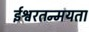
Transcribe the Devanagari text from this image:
ईश्वरतन्मयता